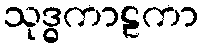
သုဒ္ဓကာဠကာ